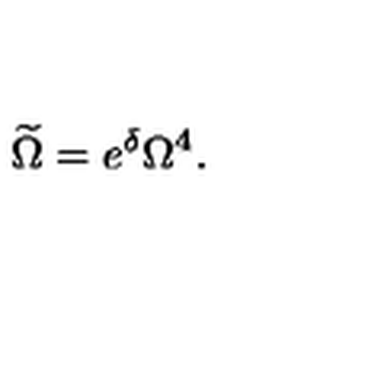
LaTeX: \widetilde { \Omega } = e ^ { \delta } \Omega ^ { 4 } .